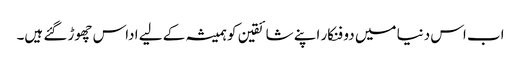
اب اس دنیا میں دو فنکار اپنے شائقین کو ہمیشہ کے لیے اداس چھوڑ گئے ہیں۔